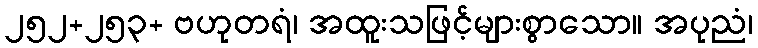
၂၅၂+၂၅၃+ ဗဟုတရံ၊ အထူးသဖြင့်များစွာသော။ အပုညံ၊